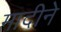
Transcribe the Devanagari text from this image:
मादीने